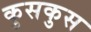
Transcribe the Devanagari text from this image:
कुसकुस